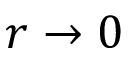
r \to 0